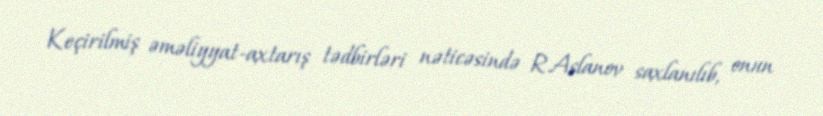
Keçirilmiş əməliyyat-axtarış tədbirləri nəticəsində R.Aslanov saxlanılıb, onun